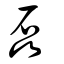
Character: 磊